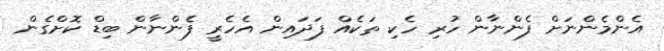
އެންމެންނަށް ފެންނާން ހުރި ހެކި ތަކެއް ފަދައިން އެހެރީ ފެންނާން ބިޑް ކޮށްގެން